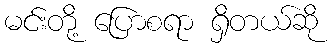
မင်းတို့ ပြောစရာ ရှိတယ်ဆို